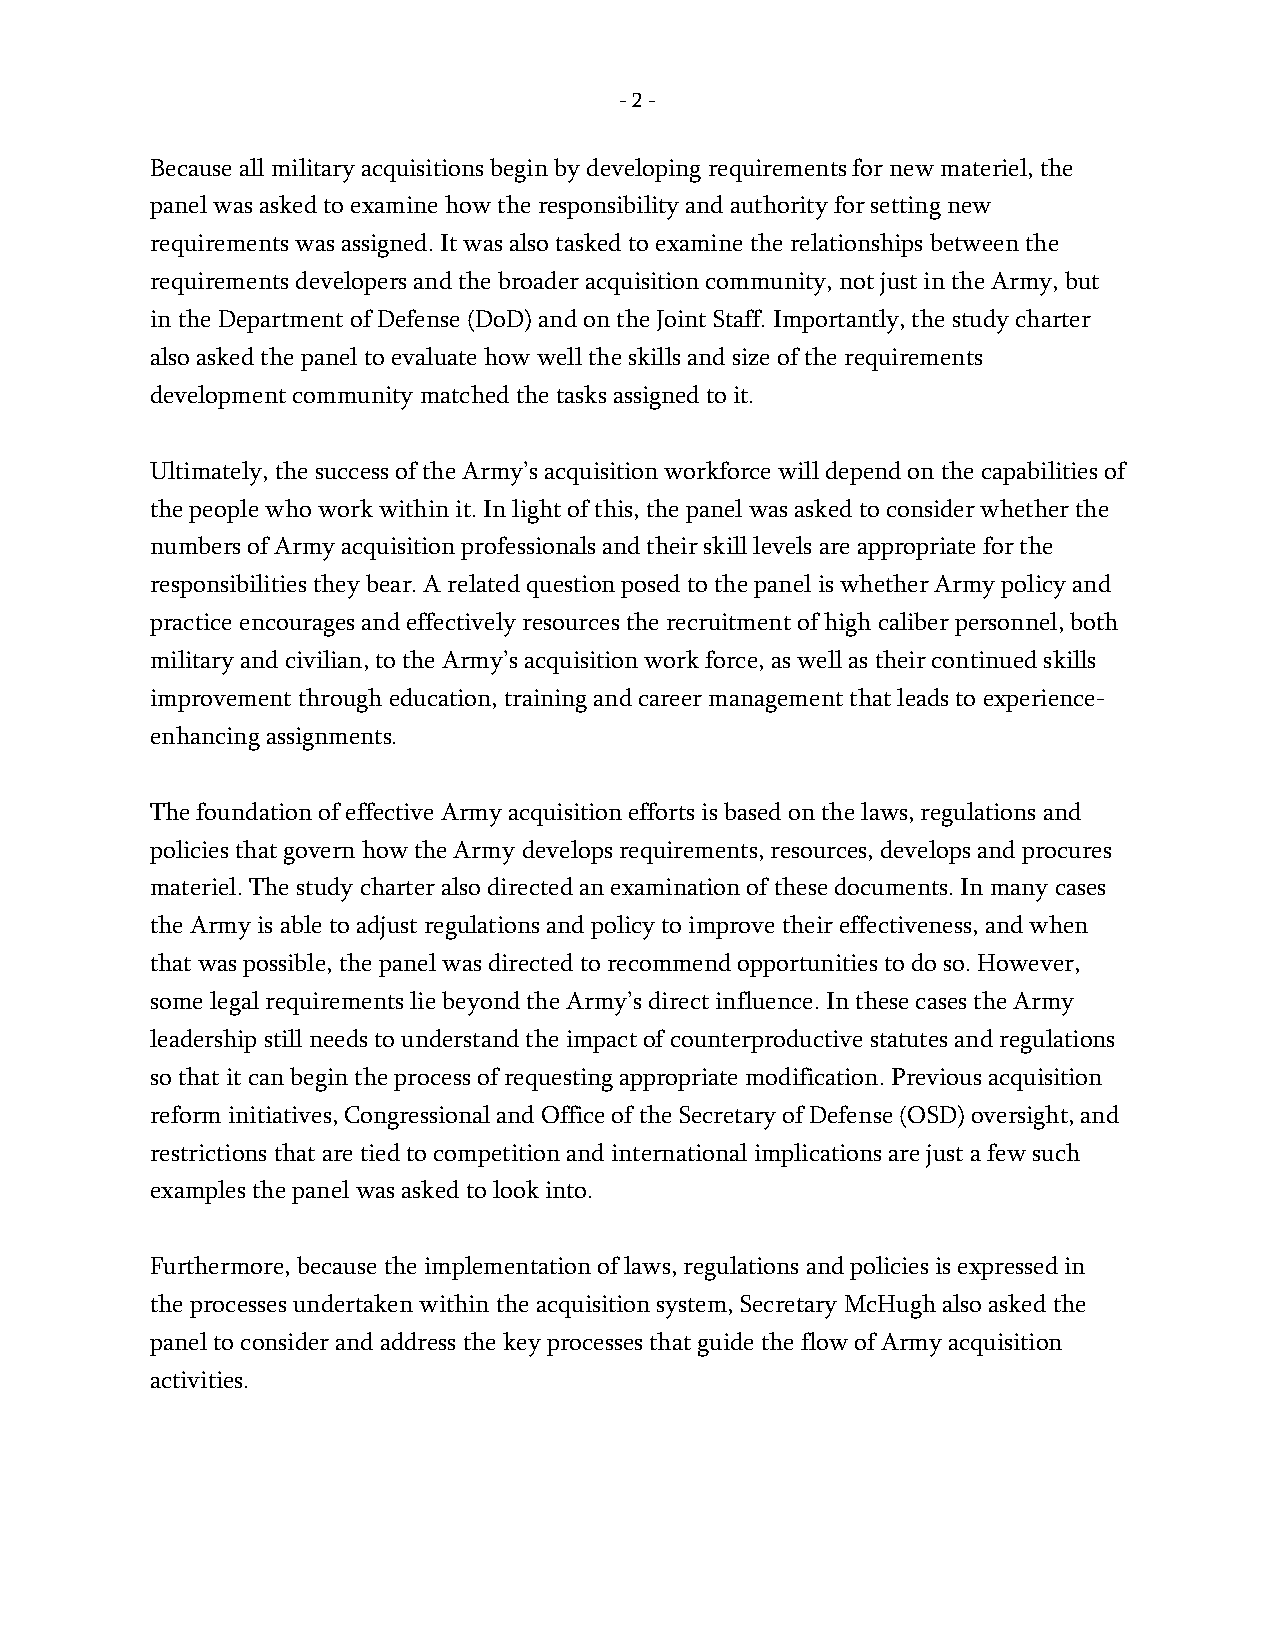
- 2 -
 Because all military acquisitions begin by developing requirements for new materiel, the
 panel was asked to examine how the responsibility and authority for setting new
 requirements was assigned. It was also tasked to examine the relationships between the
 requirements developers and the broader acquisition community, not just in the Army, but
 in the Department of Defense (DoD) and on the Joint Staff. Importantly, the study charter
 also asked the panel to evaluate how well the skills and size of the requirements
 development community matched the tasks assigned to it.
 Ultimately, the success of the Army’s acquisition workforce will depend on the capabilities of
 the people who work within it. In light of this, the panel was asked to consider whether the
 numbers of Army acquisition professionals and their skill levels are appropriate for the
 responsibilities they bear. A related question posed to the panel is whether Army policy and
 practice encourages and effectively resources the recruitment of high caliber personnel, both
 military and civilian, to the Army’s acquisition work force, as well as their continued skills
 improvement through education, training and career management that leads to experience-
 enhancing assignments.
 The foundation of effective Army acquisition efforts is based on the laws, regulations and
 policies that govern how the Army develops requirements, resources, develops and procures
 materiel. The study charter also directed an examination of these documents. In many cases
 the Army is able to adjust regulations and policy to improve their effectiveness, and when
 that was possible, the panel was directed to recommend opportunities to do so. However,
 some legal requirements lie beyond the Army’s direct influence. In these cases the Army
 leadership still needs to understand the impact of counterproductive statutes and regulations
 so that it can begin the process of requesting appropriate modification. Previous acquisition
 reform initiatives, Congressional and Office of the Secretary of Defense (OSD) oversight, and
 restrictions that are tied to competition and international implications are just a few such
 examples the panel was asked to look into.
 Furthermore, because the implementation of laws, regulations and policies is expressed in
 the processes undertaken within the acquisition system, Secretary McHugh also asked the
 panel to consider and address the key processes that guide the flow of Army acquisition
 activities.